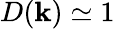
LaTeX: D(\mathbf{k})\simeq 1